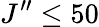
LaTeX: J^{\prime\prime}\leq 50